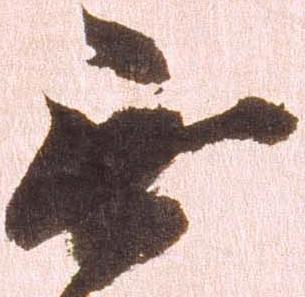
無